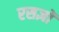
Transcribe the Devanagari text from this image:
रसज्ञों